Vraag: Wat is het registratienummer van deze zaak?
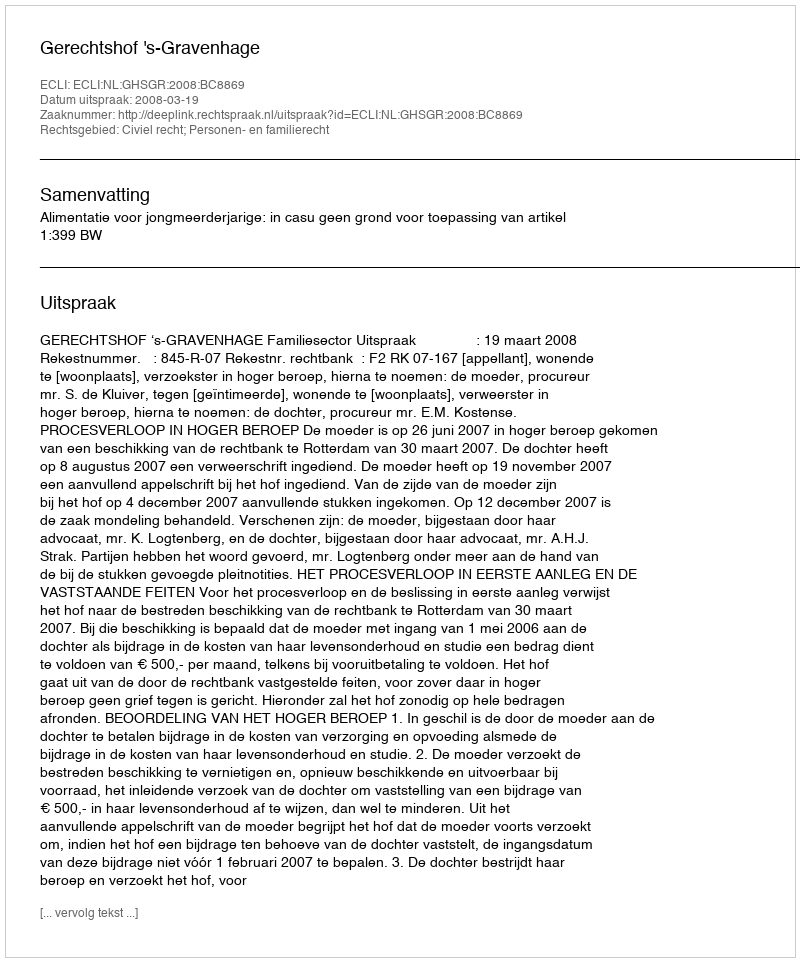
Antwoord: http://deeplink.rechtspraak.nl/uitspraak?id=ECLI:NL:GHSGR:2008:BC8869